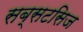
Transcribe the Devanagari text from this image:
सब्सटसिज